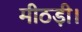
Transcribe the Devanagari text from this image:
मीठड़ी।